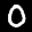
Label: 0